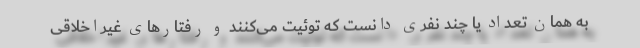
به همان تعداد یا چند نفری دانست که توئیت می‌کنند و رفتارهای غیراخلاقی